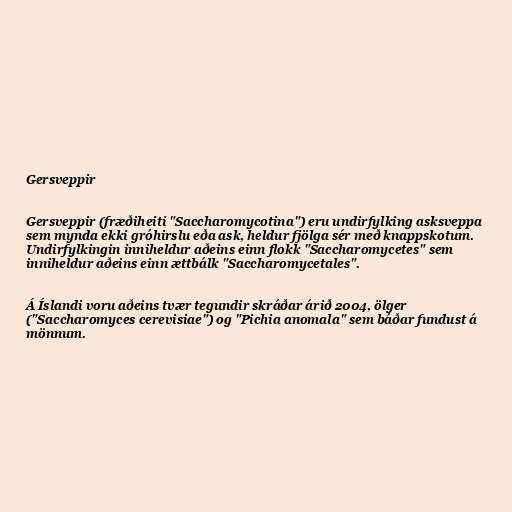
Gersveppir

Gersveppir (fræðiheiti "Saccharomycotina") eru undirfylking asksveppa
sem mynda ekki gróhirslu eða ask, heldur fjölga sér með knappskotum.
Undirfylkingin inniheldur aðeins einn flokk "Saccharomycetes" sem
inniheldur aðeins einn ættbálk "Saccharomycetales".

Á Íslandi voru aðeins tvær tegundir skráðar árið 2004, ölger
("Saccharomyces cerevisiae") og "Pichia anomala" sem báðar fundust á
mönnum.